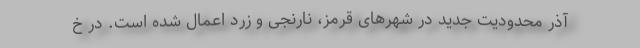
آذر محدودیت جدید در شهرهای قرمز، نارنجی و زرد اعمال شده است. در خ